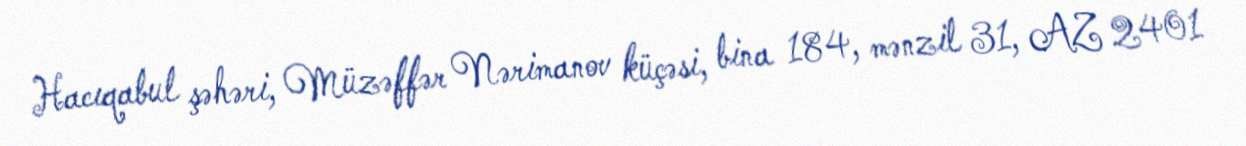
Hacıqabul şəhəri, Müzəffər Nərimanov küçəsi, bina 184, mənzil 31, AZ 2401